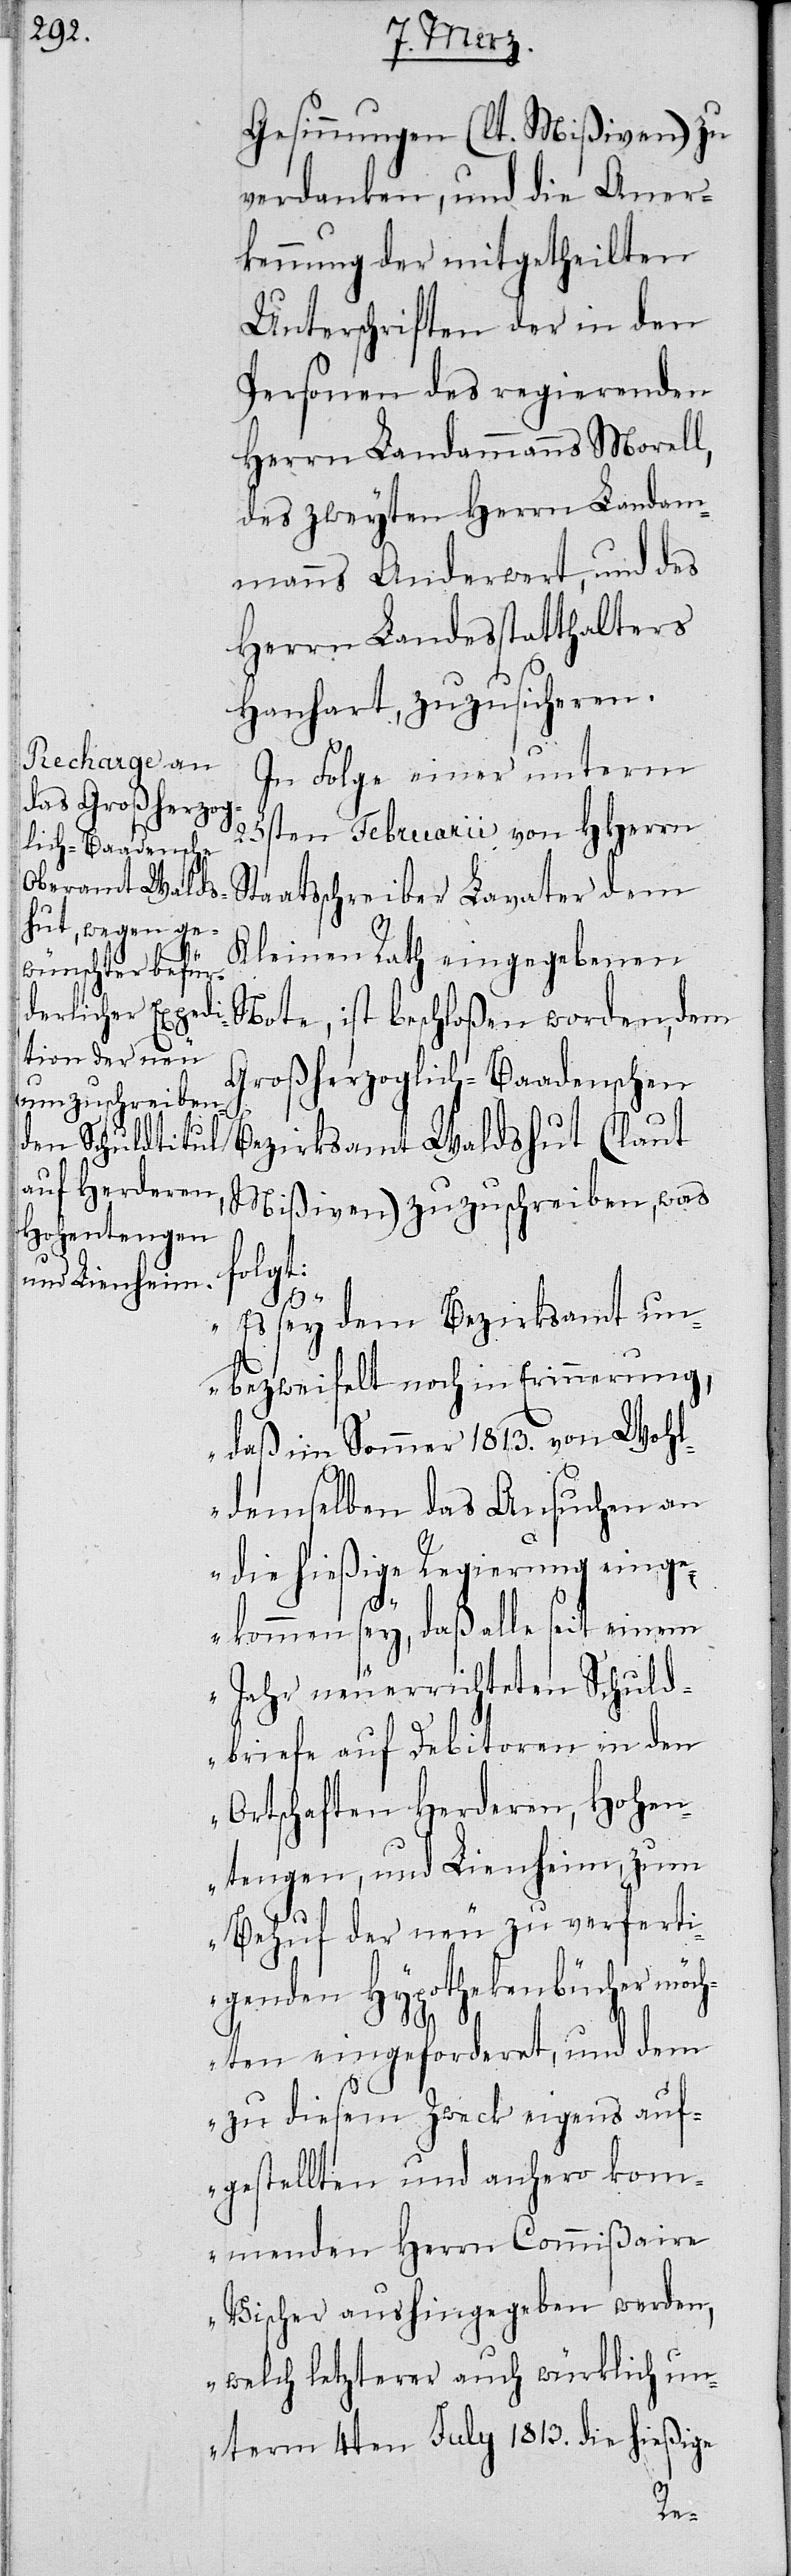
Gesinnungen (lt. Mißiven) zu
verdanken, und die Aner¬
kennung der mitgetheilten
Unterschriften der in den
Personen des regierenden
Herrn Landammanns Morell,
des zweyten Herrn Landam¬
manns Anderwert, und des
Herrn Landesstatthalters
Hanhart, zuzusicheren.
In Folge einer unterm
25sten Februarii von HHerrn
taatsschreiber Lavater dem
Kleinen Rath eingegebenen
Note, ist beschloßen worden, dem
Großherzoglich-Baadenschen
Bezirksamt Waldshut (laut
Mißiven) zuzuschreiben, was
lgt:
„Es sey dem Bezirksamt un¬
bezweifelt noch in Erinnerung,
daß im Sommer 1813. von Wohl¬
demselben das Ansuchen an
die hießige Regierung eing¬
ekommen sey, daß alle seit einem
Jahr neuerrichteten Schuld¬
briefe auf Debitoren in den
Ortschaften Herderen, Hohen¬
tengen, und Lienheim, zum
Behuf der neu zu verferti¬
genden Hypothekenbücher möch¬
S¬
ten eingeforderet, und dem
zu diesem Zweck eigens auf¬
gestellten und anhero kom¬
menden Herrn Commißaire
Vischer aushingegeben werden,
welch letzterer auch würklich un¬
term 4ten July 1813. die hießige